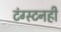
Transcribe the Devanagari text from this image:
टंग्स्टनही